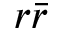
r { \bar { r } }